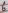
Text: 6